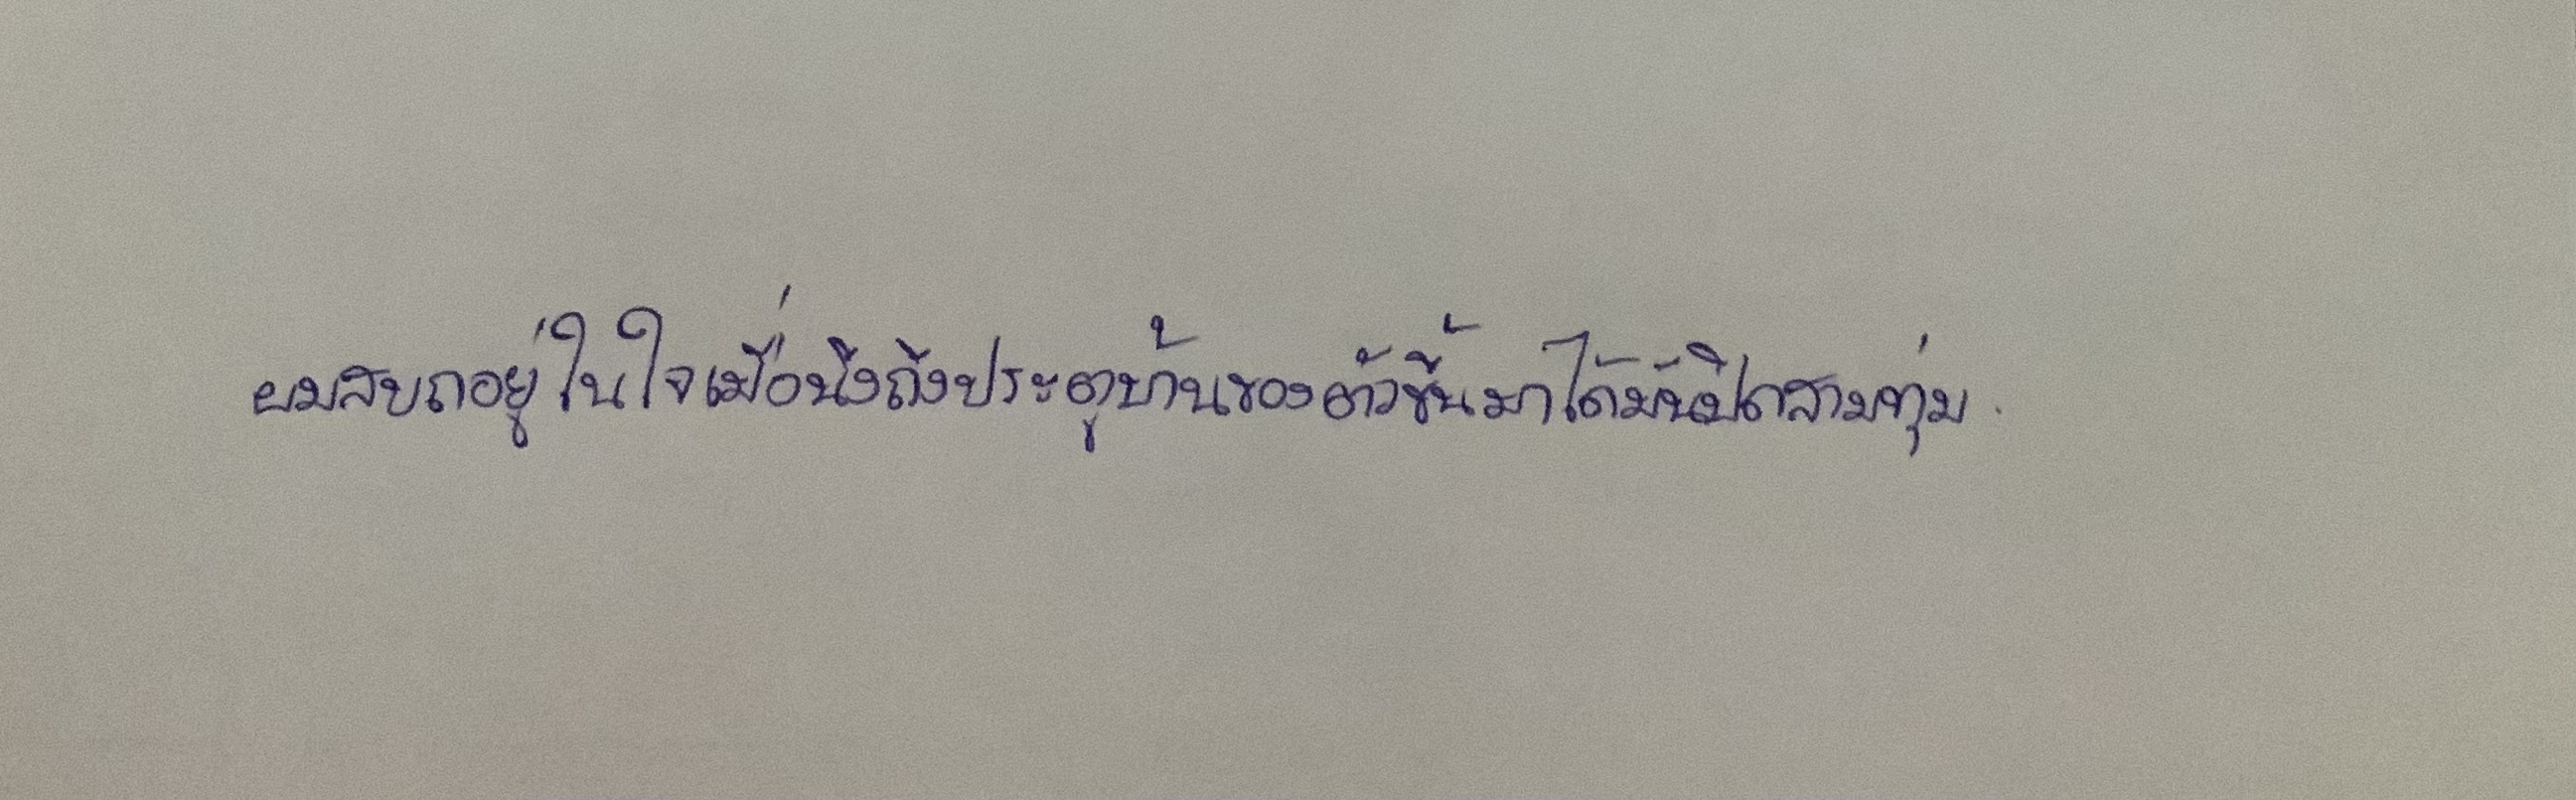
ผมสบถอยู่ในใจเมื่อนึกถึงประตูบ้านของตัวขึ้นมาได้มันปิดสามทุ่ม